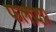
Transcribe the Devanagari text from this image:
फलप्रदा।